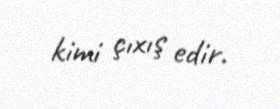
kimi çıxış edir.